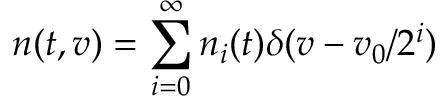
n ( t , v ) = \sum _ { i = 0 } ^ { \infty } n _ { i } ( t ) \delta ( v - v _ { 0 } / 2 ^ { i } )